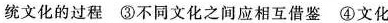
统文化的过程 ③不同文化之间应相互借鉴 ④文化